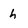
Character: h